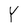
Character: Y